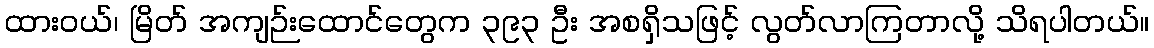
ထားဝယ်၊ မြိတ် အကျဉ်းထောင်တွေက ၃၉၃ ဦး အစရှိသဖြင့် လွတ်လာကြတာလို့ သိရပါတယ်။